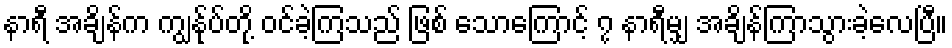
နာရီ အချိန်က ကျွန်ုပ်တို့ ဝင်ခဲ့ကြသည် ဖြစ် သောကြောင့် ၇ နာရီမျှ အချိန်ကြာသွားခဲ့လေပြီ။